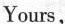
Yours，